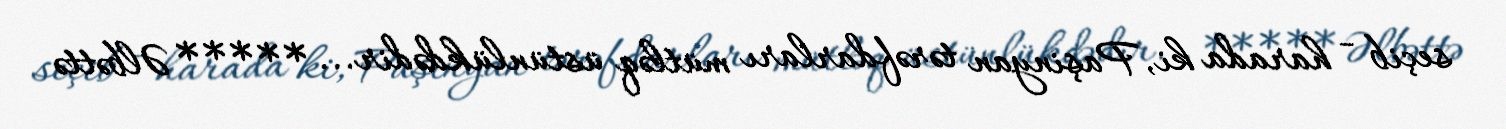
seçib - harada ki, Paşinyan tərəfdarları mütləq üstünlükdədir... ***** Əlbəttə